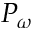
P _ { \omega }